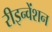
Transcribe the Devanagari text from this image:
रीइन्वेंशन